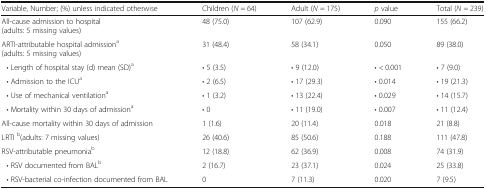
<table><thead><tr><td><b>Variable, Number; (%) unless indicated otherwise</b></td><td><b>Children (<i>N</i> = 64)</b></td><td><b>Adult (<i>N</i> = 175)</b></td><td><b><i>p</i> value</b></td><td><b>Total (<i>N</i> = 239)</b></td></tr></thead><tbody><tr><td>All-cause admission to hospital(adults: 5 missing values)</td><td>48 (75.0)</td><td>107 (62.9)</td><td>0.090</td><td>155 (66.2)</td></tr><tr><td>ARTI-attributable hospital admission<sup>a</sup>(adults: 5 missing values)</td><td>31 (48.4)</td><td>58 (34.1)</td><td>0.050</td><td>89 (38.0)</td></tr><tr><td> • Length of hospital stay (d) mean (SD)<sup>a</sup></td><td>• 5 (3.5)</td><td>• 9 (12.0)</td><td>• &lt; 0.001</td><td>• 7 (9.0)</td></tr><tr><td> • Admission to the ICU<sup>a</sup></td><td>• 2 (6.5)</td><td>• 17 (29.3)</td><td>• 0.014</td><td>• 19 (21.3)</td></tr><tr><td> • Use of mechanical ventilation<sup>a</sup></td><td>• 1 (3.2)</td><td>• 13 (22.4)</td><td>• 0.029</td><td>• 14 (15.7)</td></tr><tr><td> • Mortality within 30 days of admission<sup>a</sup></td><td>• 0</td><td>• 11 (19.0)</td><td>• 0.007</td><td>• 11 (12.4)</td></tr><tr><td>All-cause mortality within 30 days of admission</td><td>1 (1.6)</td><td>20 (11.4)</td><td>0.018</td><td>21 (8.8)</td></tr><tr><td>LRTI <sup>b</sup>(adults: 7 missing values)</td><td>26 (40.6)</td><td>85 (50.6)</td><td>0.188</td><td>111 (47.8)</td></tr><tr><td>RSV-attributable pneumonia<sup>b</sup></td><td>12 (18.8)</td><td>62 (36.9)</td><td>0.008</td><td>74 (31.9)</td></tr><tr><td> • RSV documented from BAL<sup>b</sup></td><td>2 (16.7)</td><td>23 (37.1)</td><td>0.024</td><td>25 (33.8)</td></tr><tr><td> • RSV-bacterial co-infection documented from BAL</td><td>0</td><td>7 (11.3)</td><td>0.020</td><td>7 (9.5)</td></tr></tbody></table>